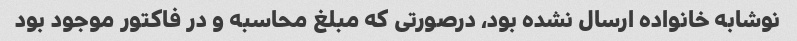
نوشابه خانواده ارسال نشده بود، درصورتی که مبلغ محاسبه و در فاکتور موجود بود